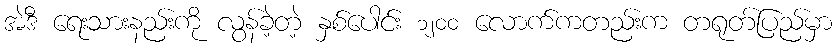
အဲဒီ ရေးသားနည်းကို လွန်ခဲ့တဲ့ နှစ်ပေါင်း ၁၂၀၀ လောက်ကတည်းက တရုတ်ပြည်မှာ